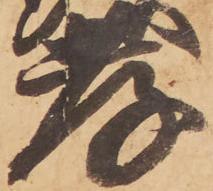
孝